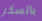
بالسكر